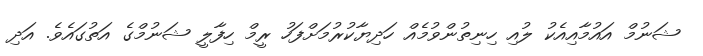
ޝަނުމް އައުމާއިއެކު ލުއި ހިނިތުންވުމެއް ހަދިޔާކުރުމަށްފަހު ރީމް ހިފާލީ ޝަނުމްގެ އަތުގައެވެ. އަދި